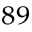
^ { 8 9 }